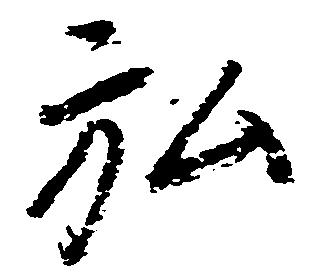
弘